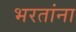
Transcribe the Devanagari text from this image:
भरतांना